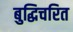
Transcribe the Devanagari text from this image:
बुद्धिचरित